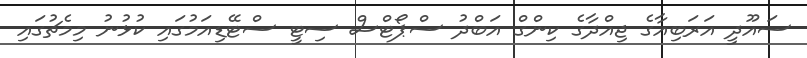
ސައޫދީ އަރަބިއާގެ ޖިއްދާގެ ކިންގް އަބްދު ސްޕޯޓްސް ސިޓީ ސްޓޭޑިއަމުގައި ކުޅުނު މިމެޗުގައި